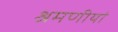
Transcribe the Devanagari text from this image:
श्रमणीयां